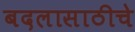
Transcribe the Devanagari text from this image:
बदलासाठीचे